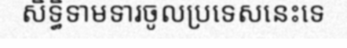
សិទ្ធិទាមទារចូលប្រទេសនេះទេ